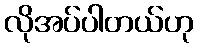
လိုအပ်ပါတယ်ဟု